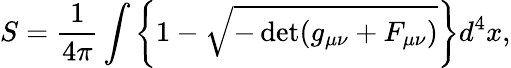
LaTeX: S=\frac{1}{4\pi}\int\left\{ 1-\sqrt{-\operatorname*{det}(g_{\mu\nu}+F_{\mu\nu})}\right\} d^{4}x,